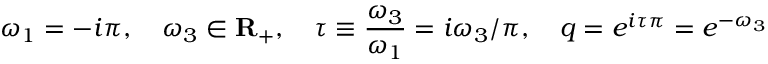
\omega _ { 1 } = - i \pi , \quad \omega _ { 3 } \in { \bf R } _ { + } , \quad \tau \equiv { \frac { \omega _ { 3 } } { \omega _ { 1 } } } = i \omega _ { 3 } / \pi , \quad q = e ^ { i \tau \pi } = e ^ { - \omega _ { 3 } }